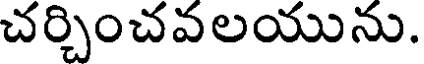
చర్చించవలయును.